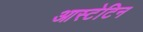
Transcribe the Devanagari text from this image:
आस्टेटिन